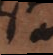
a